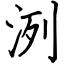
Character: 洌